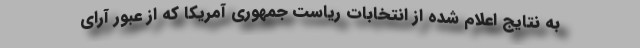
به نتایج اعلام شده از انتخابات ریاست جمهوری آمریکا که از عبور آرای